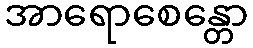
အာရောစေန္တော